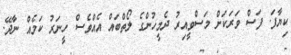
ކިޔާފަ. ފަސް ވަރަކަށް މަސްވީއިރު ދެމީހުންގެ ލޯތްބައް އެއްވެސް ހީނަރު ކަމެއް ނާދޭ.